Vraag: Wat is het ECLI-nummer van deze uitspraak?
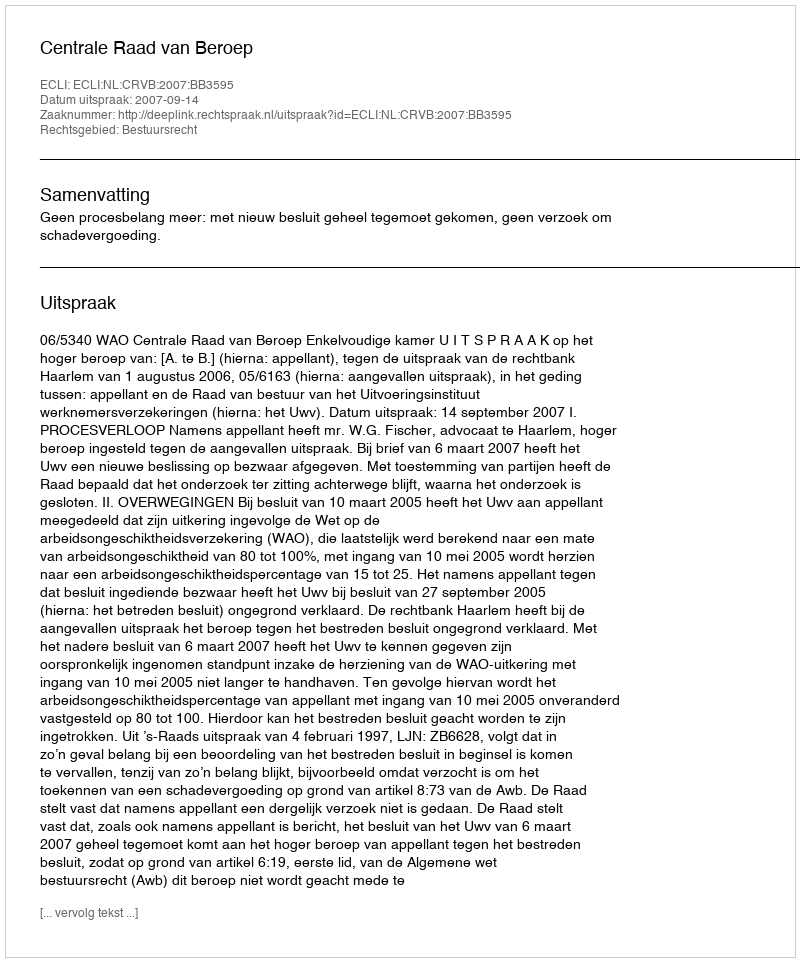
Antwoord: ECLI:NL:CRVB:2007:BB3595